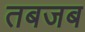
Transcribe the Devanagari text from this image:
तबजब